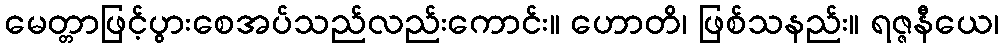
မေတ္တာဖြင့်ပွားစေအပ်သည်လည်းကောင်း။ ဟောတိ၊ ဖြစ်သနည်း။ ရဇ္ဇနီယေ၊